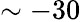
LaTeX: \sim-30